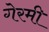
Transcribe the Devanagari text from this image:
गेरमी